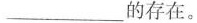
___的存在。